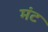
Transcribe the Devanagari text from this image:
मंट